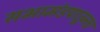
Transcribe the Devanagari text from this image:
सभामंडपातूनच